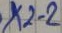
Text: X2-2